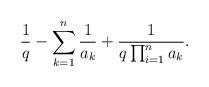
LaTeX: \begin{align*}\frac{1}{q} - \sum_{k=1}^n \frac{1}{a_k} + \frac{1}{q\prod_{i=1}^n a_k}.\end{align*}